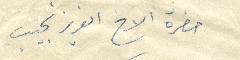
حضرة الأخ العزيز نجيب